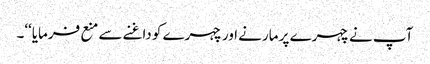
آپ نے چہرے پر مارنے اور چہرے کو داغنے سے منع فرمایا‘‘۔